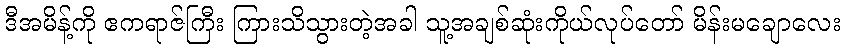
ဒီအမိန့်ကို ဧကရာဇ်ကြီး ကြားသိသွားတဲ့အခါ သူ့အချစ်ဆုံးကိုယ်လုပ်တော် မိန်းမချောလေး